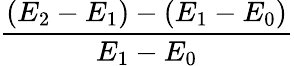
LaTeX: \frac{(E_{2}-E_{1})-(E_{1}-E_{0})}{E_{1}-E_{0}}